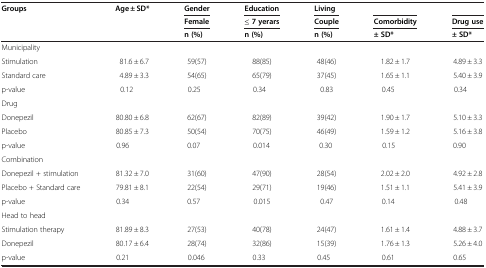
<table><thead><tr><td><b>Groups</b></td><td><b>Age ± SD*</b></td><td><b>Gender</b></td><td><b>Education</b></td><td><b>Living</b></td><td><b> </b></td><td><b> </b></td></tr><tr><td><b> </b></td><td><b> </b></td><td><b>Female</b></td><td><b>≤ 7 yerars</b></td><td><b>Couple</b></td><td><b>Comorbidity</b></td><td><b>Drug use</b></td></tr><tr><td><b> </b></td><td><b> </b></td><td><b>n (%)</b></td><td><b>n (%)</b></td><td><b>n (%)</b></td><td><b>± SD*</b></td><td><b>± SD*</b></td></tr></thead><tbody><tr><td>Municipality</td><td> </td><td> </td><td> </td><td> </td><td> </td><td> </td></tr><tr><td>Stimulation</td><td>81.6 ± 6.7</td><td>59(57)</td><td>88(85)</td><td>48(46)</td><td>1.82 ± 1.7</td><td>4.89 ± 3.3</td></tr><tr><td>Standard care</td><td>4.89 ± 3.3</td><td>54(65)</td><td>65(79)</td><td>37(45)</td><td>1.65 ± 1.1</td><td>5.40 ± 3.9</td></tr><tr><td>p-value</td><td>0.12</td><td>0.25</td><td>0.34</td><td>0.83</td><td>0.45</td><td>0.34</td></tr><tr><td>Drug</td><td> </td><td> </td><td> </td><td> </td><td> </td><td> </td></tr><tr><td>Donepezil</td><td>80.80 ± 6.8</td><td>62(67)</td><td>82(89)</td><td>39(42)</td><td>1.90 ± 1.7</td><td>5.10 ± 3.3</td></tr><tr><td>Placebo</td><td>80.85 ± 7.3</td><td>50(54)</td><td>70(75)</td><td>46(49)</td><td>1.59 ± 1.2</td><td>5.16 ± 3.8</td></tr><tr><td>p-value</td><td>0.96</td><td>0.07</td><td>0.014</td><td>0.30</td><td>0.15</td><td>0.90</td></tr><tr><td>Combination</td><td> </td><td> </td><td> </td><td> </td><td> </td><td> </td></tr><tr><td>Donepezil + stimulation</td><td>81.32 ± 7.0</td><td>31(60)</td><td>47(90)</td><td>28(54)</td><td>2.02 ± 2.0</td><td>4.92 ± 2.8</td></tr><tr><td>Placebo + Standard care</td><td>79.81 ± 8.1</td><td>22(54)</td><td>29(71)</td><td>19(46)</td><td>1.51 ± 1.1</td><td>5.41 ± 3.9</td></tr><tr><td>p-value</td><td>0.34</td><td>0.57</td><td>0.015</td><td>0.47</td><td>0.14</td><td>0.48</td></tr><tr><td>Head to head</td><td> </td><td> </td><td> </td><td> </td><td> </td><td> </td></tr><tr><td>Stimulation therapy</td><td>81.89 ± 8.3</td><td>27(53)</td><td>40(78)</td><td>24(47)</td><td>1.61 ± 1.4</td><td>4.88 ± 3.7</td></tr><tr><td>Donepezil</td><td>80.17 ± 6.4</td><td>28(74)</td><td>32(86)</td><td>15(39)</td><td>1.76 ± 1.3</td><td>5.26 ± 4.0</td></tr><tr><td>p-value</td><td>0.21</td><td>0.046</td><td>0.33</td><td>0.45</td><td>0.61</td><td>0.65</td></tr></tbody></table>